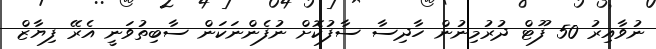
ނުވާއިރު 50 ފޫޓް ދުރުމިނުން ހާދިސާ ސާފުކޮށް ނުފެންނަކަން ސާބިތުވަނީ އެރޭ ފިޔާޒް